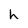
Character: h